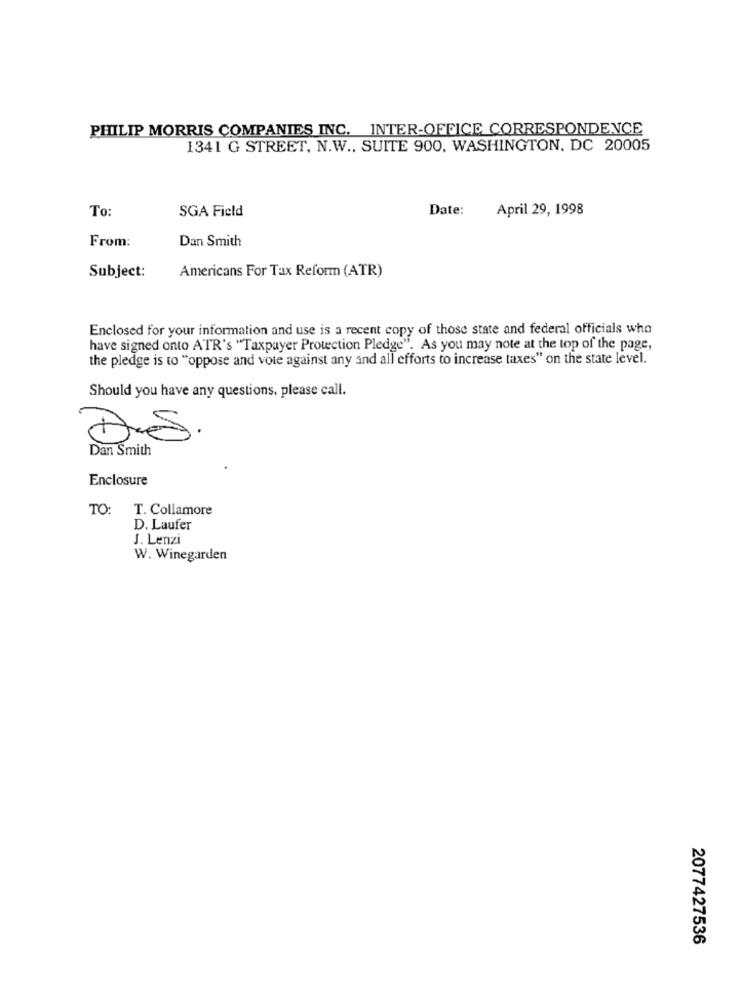
PHILIP MORRIS COMPANIES INC. INTER-OFFICE CORRESPONDENCE
1341 G STREET, N.W ., SUITE 900, WASHINGTON, DC 20005
To:
SGA Field
Date:
April 29, 1998
From:
Dan Smith
Subject:
Americans For Tax Reform (ATR)
Enclosed for your information and use is a recent copy of those state and federal officials who
have signed onto ATR's "Taxpayer Protection Pledge". As you may note at the top of the page,
the pledge is to "oppose and vote against any and all efforts to increase taxes" on the state level.
Should you have any questions, please call.
Dan Smith
Enclosure
TO: T. Collamore
D. Laufer
J. Lenzi
W. Winegarden
2077427536